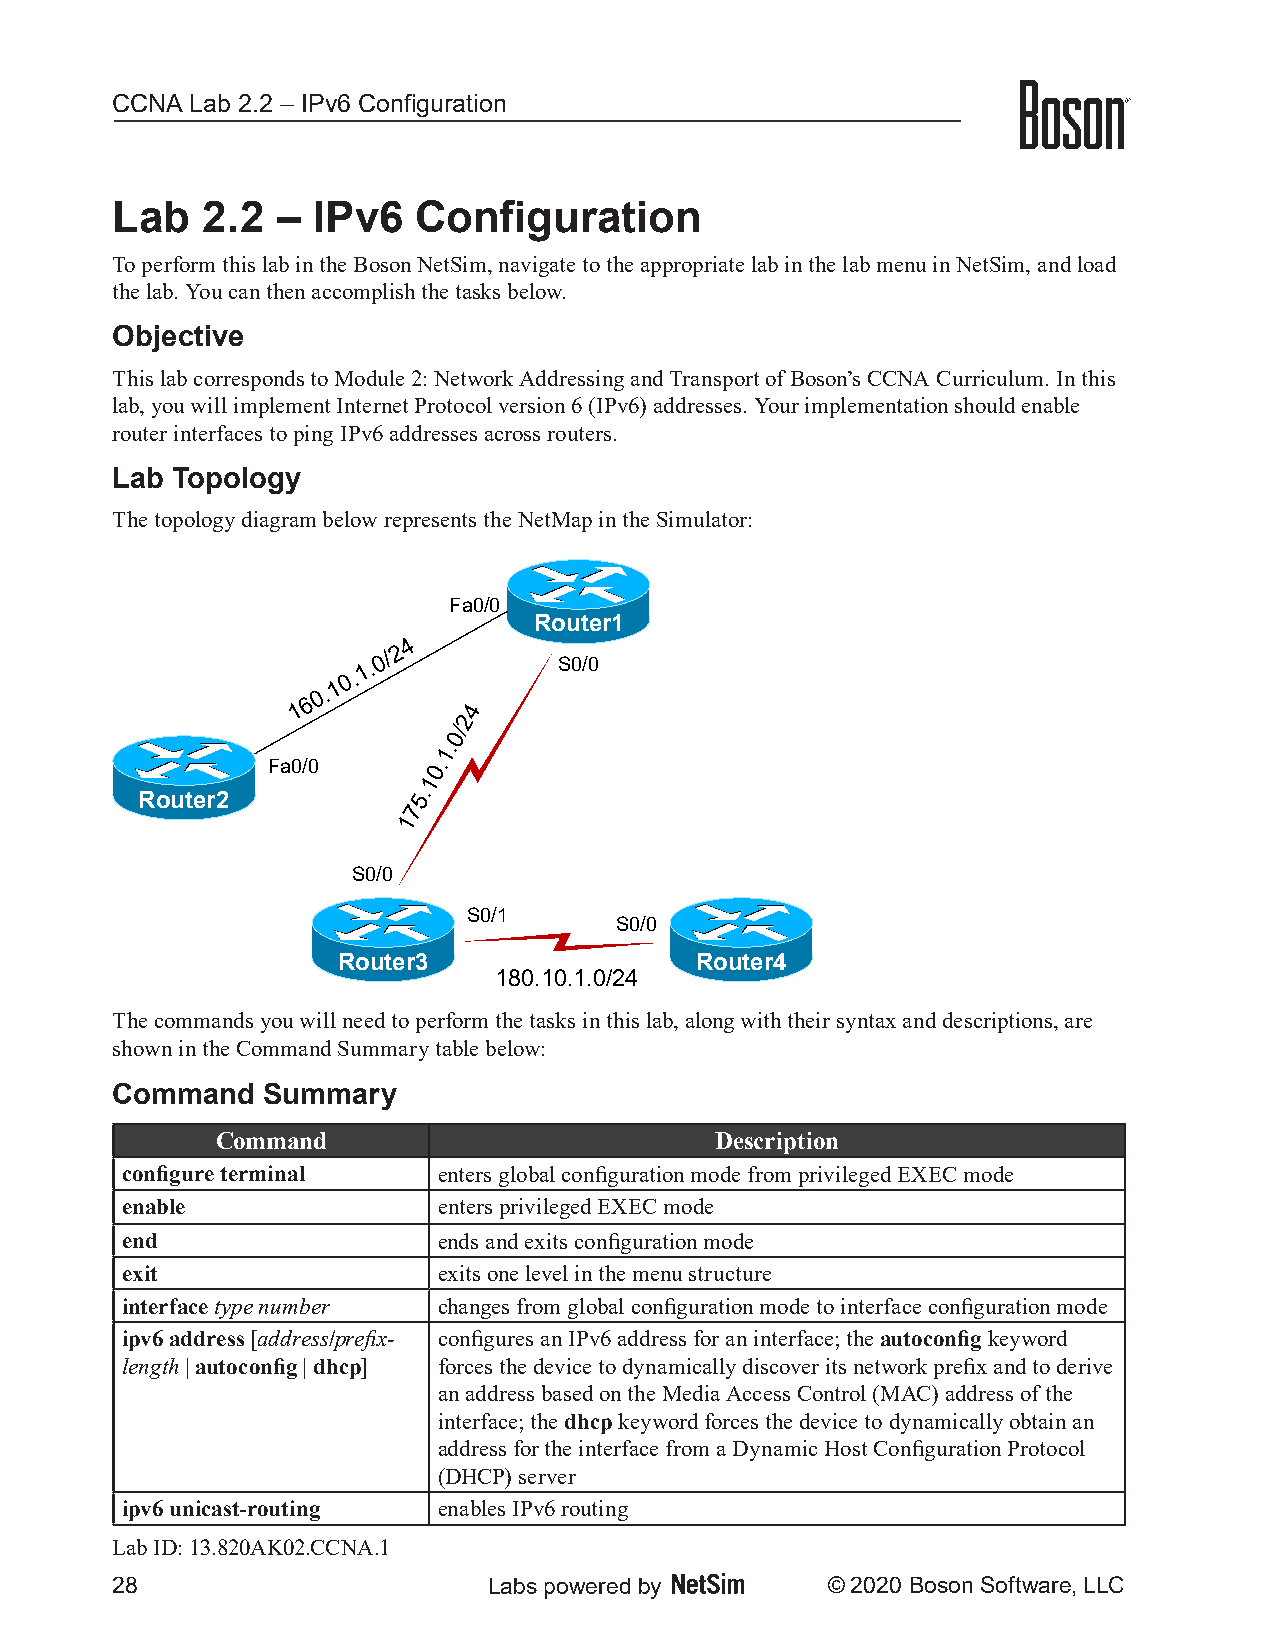
CCNA  Lab 2.2 – IPv6 Configuration
 Lab   2.2  –  IPv6   Configuration
 To perform this lab in the Boson NetSim, navigate to the appropriate lab in the lab menu in NetSim, and load
 the lab. You can then accomplish the tasks below.
 Objective
 This lab corresponds to Module 2: Network Addressing and Transport of Boson’s CCNA Curriculum. In this
 lab, you will implement Internet Protocol version 6 (IPv6) addresses. Your implementation should enable
 router interfaces to ping IPv6 addresses across routers.
 Lab Topology
 The topology diagram below represents the NetMap in the Simulator:
 Fa0/0
 Router1
 4
 2
 1.0/
 S0/0
 0.
 1
 0.
 1 6        4
 2
 0/
 1.
 Fa0/0      0.
 1
 Router2
 5.
 7
 1
 S0/0
 S0/1
 S0/0
 Router3                 Router4
 180.10.1.0/24
 The commands you will need to perform the tasks in this lab, along with their syntax and descriptions, are
 shown in the Command Summary table below:
 Command   Summary
 Command                          Description
 configure terminal   enters global configuration mode from privileged EXEC mode
 enable               enters privileged EXEC mode
 end                  ends and exits configuration mode
 exit                 exits one level in the menu structure
 interface type number changes from global configuration mode to interface configuration mode
 ipv6 address [address/prefix- configures an IPv6 address for an interface; the autoconfig keyword
 length | autoconfig | dhcp] forces the device to dynamically discover its network prefix and to derive
 an address based on the Media Access Control (MAC) address of the
 interface; the dhcp keyword forces the device to dynamically obtain an
 address for the interface from a Dynamic Host Configuration Protocol
 (DHCP) server
 ipv6 unicast-routing enables IPv6 routing
 Lab ID: 13.820AK02.CCNA.1
 28                       Labs powered by        © 2020 Boson Software, LLC